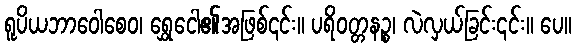
ရူပိယဘာဝေါစေဝ၊ ရွှေငေါ၏အဖြစ်၎င်း။ ပရိဝတ္တနဉ္စ၊ လဲလှယ်ခြင်း၎င်း။ ပေ။